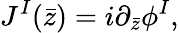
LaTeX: J^{I}(\bar{z})=i\partial_{\bar{z}}\phi^{I},